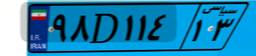
۲۷D۹۸۷۵۹